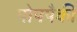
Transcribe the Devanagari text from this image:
पोपपैकी